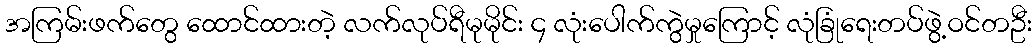
အကြမ်းဖက်တွေ ထောင်ထားတဲ့ လက်လုပ်ရီမုမိုင်း ၄ လုံးပေါက်ကွဲမှုကြောင့် လုံခြုံရေးတပ်ဖွဲ့ဝင်တဦး